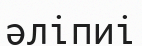
әліпиі